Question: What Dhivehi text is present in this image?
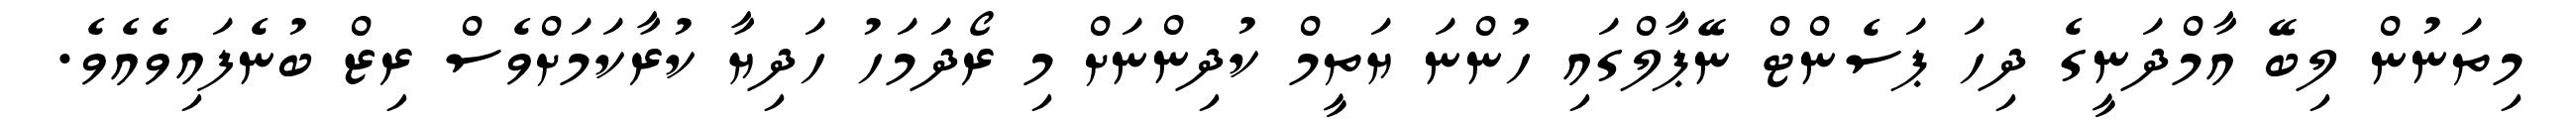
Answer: މިތަނުން ލިބޭ އާމްދަނީގެ ދިހަ ޕަސެންޓް ނޭޕާލްގައި ހުންނަ ޔަތީމް ކުދިންނަށް މި ރޯދަމަހު ހަދިޔާ ކުރާކަމަށްވެސް ރިޒް ބުނެފައިވެއެވެ.